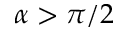
\alpha > \pi / 2